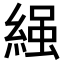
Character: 𮈩